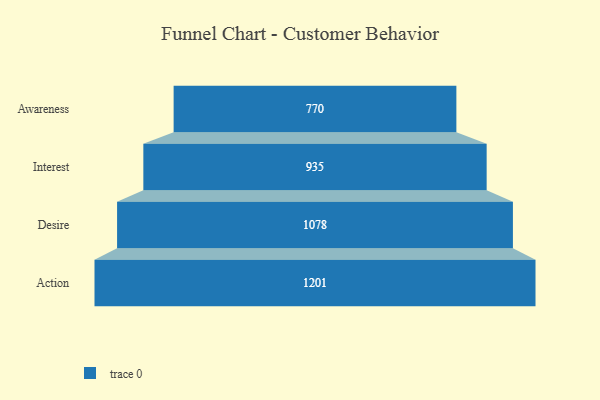
{"axis": {"x": "Stage", "y": "Value"}, "legend": [""], "data": [{"x": "Awareness", "y": 770.0, "type": ""}, {"x": "Interest", "y": 935.0, "type": ""}, {"x": "Desire", "y": 1078.0, "type": ""}, {"x": "Action", "y": 1201.0, "type": ""}]}